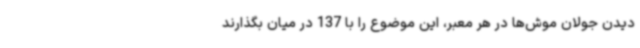
دیدن جولان موش‌ها در هر معبر، این موضوع را با 137 در میان بگذارند